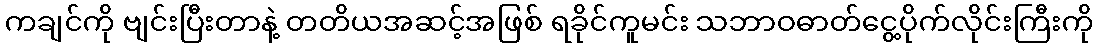
ကချင်ကို ဗျင်းပြီးတာနဲ့ တတိယအဆင့်အဖြစ် ရခိုင်ကူမင်း သဘာဝဓာတ်ငွေ့ပိုက်လိုင်းကြီးကို